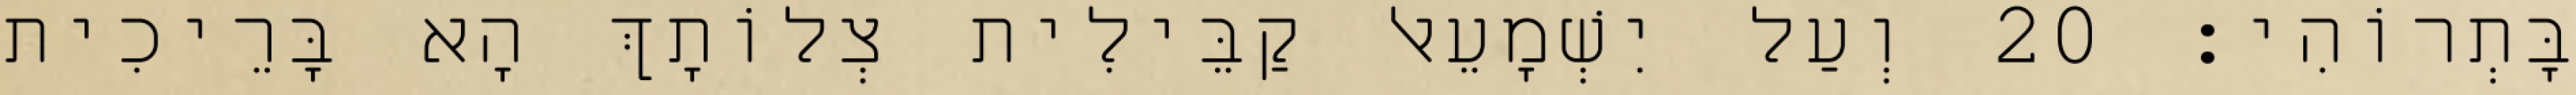
בָּתְרוֹהִי׃ 20 וְעַל יִשְׁמָעֵאל קַבֵּילִית צְלוֹתָךְ הָא בָּרֵיכִית